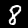
Label: 8